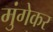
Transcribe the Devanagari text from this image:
मुंगेकर